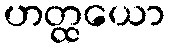
ဟတ္ထယော